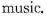
music.